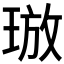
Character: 𪻯